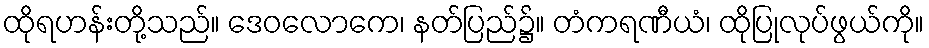
ထိုရဟန်းတို့သည်။ ဒေဝလောကေ၊ နတ်ပြည်၌။ တံကရဏီယံ၊ ထိုပြုလုပ်ဖွယ်ကို။